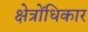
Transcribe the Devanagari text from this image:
क्षेत्रोंधिकार